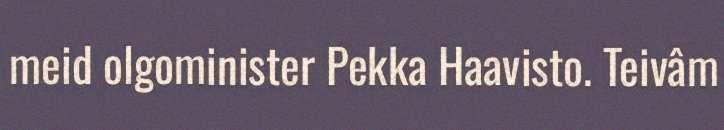
meid olgominister Pekka Haavisto. Teivâm